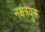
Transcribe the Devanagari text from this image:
नक्षत्रयुक्त